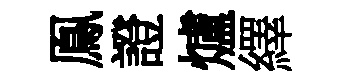
鳯證爐繹